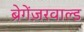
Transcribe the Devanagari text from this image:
ब्रेगेंज़रवाल्ड